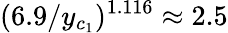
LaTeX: (6.9/y_{c_{1}})^{1.116}\approx 2.5